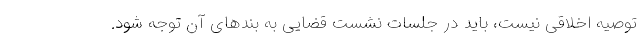
توصیه اخلاقی نیست، باید در جلسات نشست قضایی به بندهای آن توجه شود.